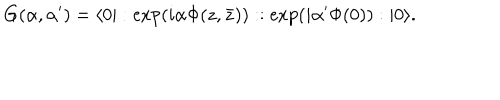
G ( \alpha , \alpha ^ { \prime } ) = \langle 0 | : \exp ( i \alpha \Phi ( z , \bar { z } ) ) : : \exp ( i \alpha ^ { \prime } \Phi ( 0 ) ) : | 0 \rangle .